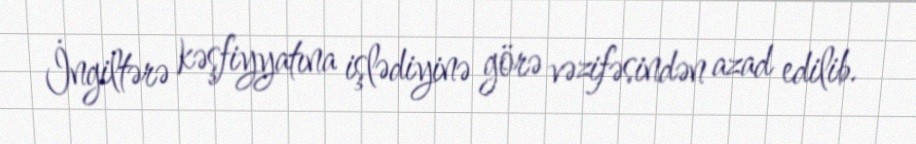
İngiltərə kəşfiyyatına işlədiyinə görə vəzifəsindən azad edilib.